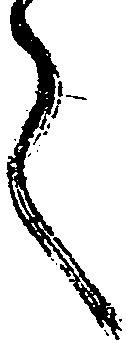
く